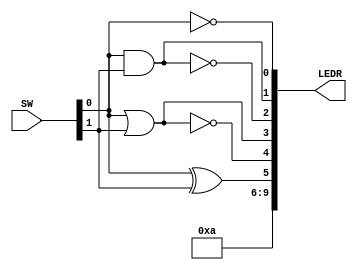
module logic_elements(SW, LEDR);

input   [9:0]   SW;
output  [9:0]   LEDR;

wire    [9:0]   y;
wire    [9:0]   x;

assign LEDR = y;
assign x = SW;

assign y[0] = ~x[0];

assign y[1] = x[0] & x[1];

assign y[2] = ~(x[0] & x[1]);

assign y[3] = x[0] | x[1];

assign y[4] = ~(x[0] | x[1]);

assign y[5] = x[0] ^ x[1];

assign y[9:6] = 4'b1010;

endmodule